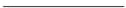
___